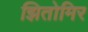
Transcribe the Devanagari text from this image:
झितोमिर